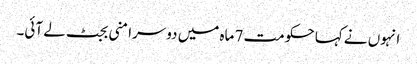
انہوں نے کہا حکومت 7 ماہ میں دوسرا منی بجٹ لے آئی۔